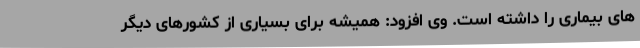
های بیماری را داشته است. وی افزود: همیشه برای بسیاری از کشورهای دیگر